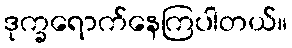
ဒုက္ခရောက်နေကြပါတယ်။